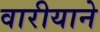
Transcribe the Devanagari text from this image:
वारीयाने